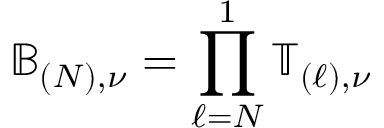
\mathbb { B } _ { ( N ) , \nu } = \prod _ { \ell = N } ^ { 1 } \mathbb { T } _ { ( \ell ) , \nu }